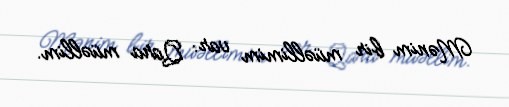
Mənim bir müəllimim var: Qara müəllim.